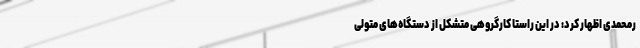
رمحمدی اظهار کرد: در این راستا کارگروهی متشکل از دستگاه‌های متولی